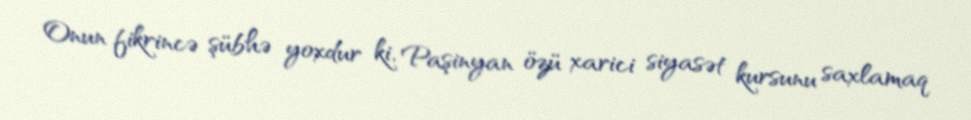
Onun fikrincə şübhə yoxdur ki, Paşinyan özü xarici siyasət kursunu saxlamaq